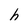
Character: h